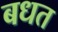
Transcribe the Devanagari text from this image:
बधत